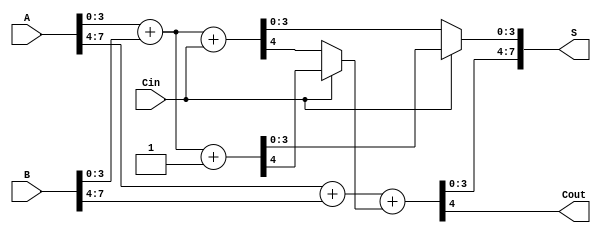
module StaticCarrySelectAdder #(parameter N = 8, parameter M = 4) (
    input [N-1:0] A,      // First n-bit input
    input [N-1:0] B,      // Second n-bit input
    input Cin,            // Carry-in
    output [N-1:0] S,     // n-bit sum output
    output Cout           // Carry-out
);

// Number of blocks
localparam NUM_BLOCKS = N / M;

// Internal wires for sums and carries
wire [M-1:0] S0 [0:NUM_BLOCKS-1]; // Sums assuming Cin = 0
wire [M-1:0] S1 [0:NUM_BLOCKS-1]; // Sums assuming Cin = 1
wire C0 [0:NUM_BLOCKS-1];          // Carry-out assuming Cin = 0
wire C1 [0:NUM_BLOCKS-1];          // Carry-out assuming Cin = 1
wire [NUM_BLOCKS-1:0] carry_select; // Carry selection for MUX

// Generate blocks
genvar i;
generate
    for (i = 0; i < NUM_BLOCKS; i = i + 1) begin : CSA_BLOCK
        // Full adder logic for S0
        wire [M-1:0] A_block = A[M*i +: M];
        wire [M-1:0] B_block = B[M*i +: M];
        
        // Full adders for S0
        wire carry_in_0 = (i == 0) ? Cin : carry_select[i-1];
        wire [M:0] sum0 = A_block + B_block + carry_in_0; // Sum assuming Cin = 0
        assign S0[i] = sum0[M-1:0]; // Lower M bits of sum
        assign C0[i] = sum0[M];      // Carry-out assuming Cin = 0

        // Full adders for S1
        wire carry_in_1 = (i == 0) ? 1'b1 : carry_select[i-1];
        wire [M:0] sum1 = A_block + B_block + carry_in_1; // Sum assuming Cin = 1
        assign S1[i] = sum1[M-1:0]; // Lower M bits of sum
        assign C1[i] = sum1[M];      // Carry-out assuming Cin = 1

        // MUX selection for sum and carry
        assign S[M*i +: M] = (carry_in_0) ? S1[i] : S0[i];
        assign carry_select[i] = (carry_in_0) ? C1[i] : C0[i];
    end
endgenerate

// Final carry-out
assign Cout = carry_select[NUM_BLOCKS-1];

endmodule